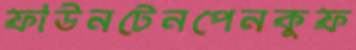
ফাউনটেনপেনকুফ